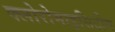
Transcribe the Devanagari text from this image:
क्लोरोमाइसिटीन